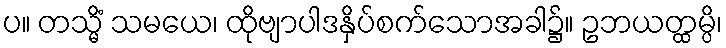
ပ။ တသ္မိံ သမယေ၊ ထိုဗျာပါဒနှိပ်စက်သောအခါ၌။ ဥဘယတ္ထမ္ပိ၊